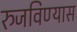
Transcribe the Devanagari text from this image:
रुजविण्यास